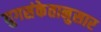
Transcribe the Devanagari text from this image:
युगसंकेतानुसार